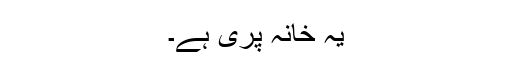
یہ خانہ پُری ہے۔